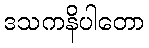
ဒသကနိပါတော